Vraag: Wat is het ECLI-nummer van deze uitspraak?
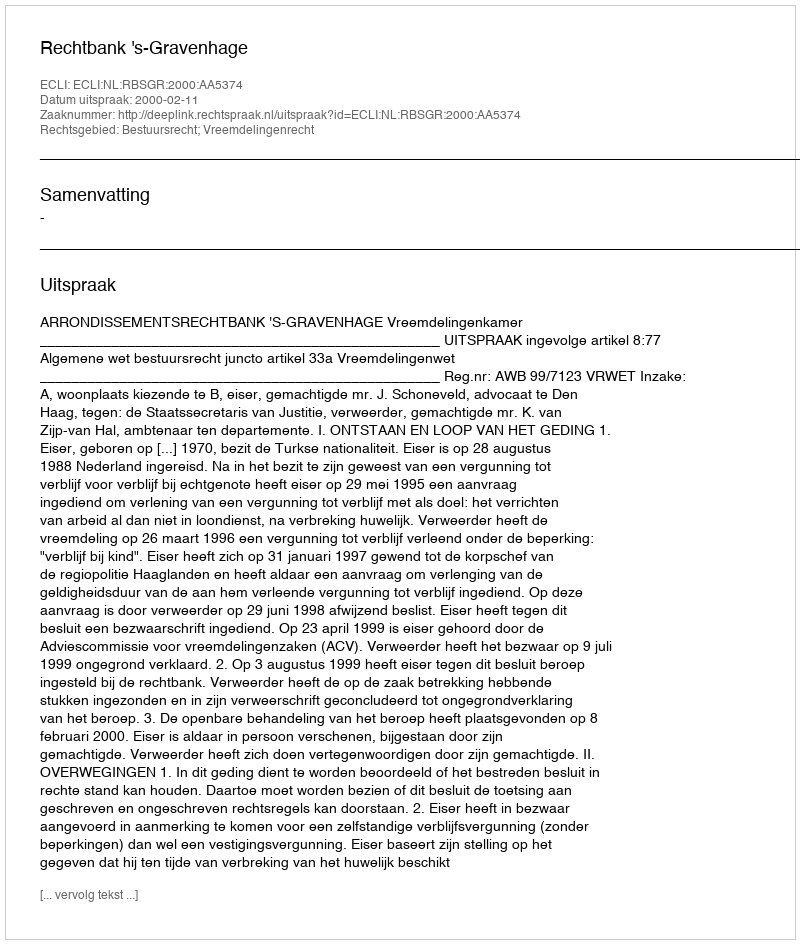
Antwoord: ECLI:NL:RBSGR:2000:AA5374